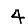
Digit: 4